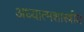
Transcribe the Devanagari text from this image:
अध्यात्मशास्त्रीय